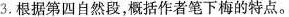
3.根据第四自然段，概括作者笔下梅的特点。